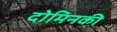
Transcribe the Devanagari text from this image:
दोमिनकी